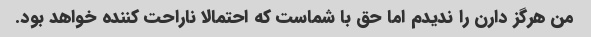
من هرگز دارن را ندیدم اما حق با شماست که احتمالا ناراحت کننده خواهد بود.